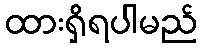
ထားရှိရပါမည်